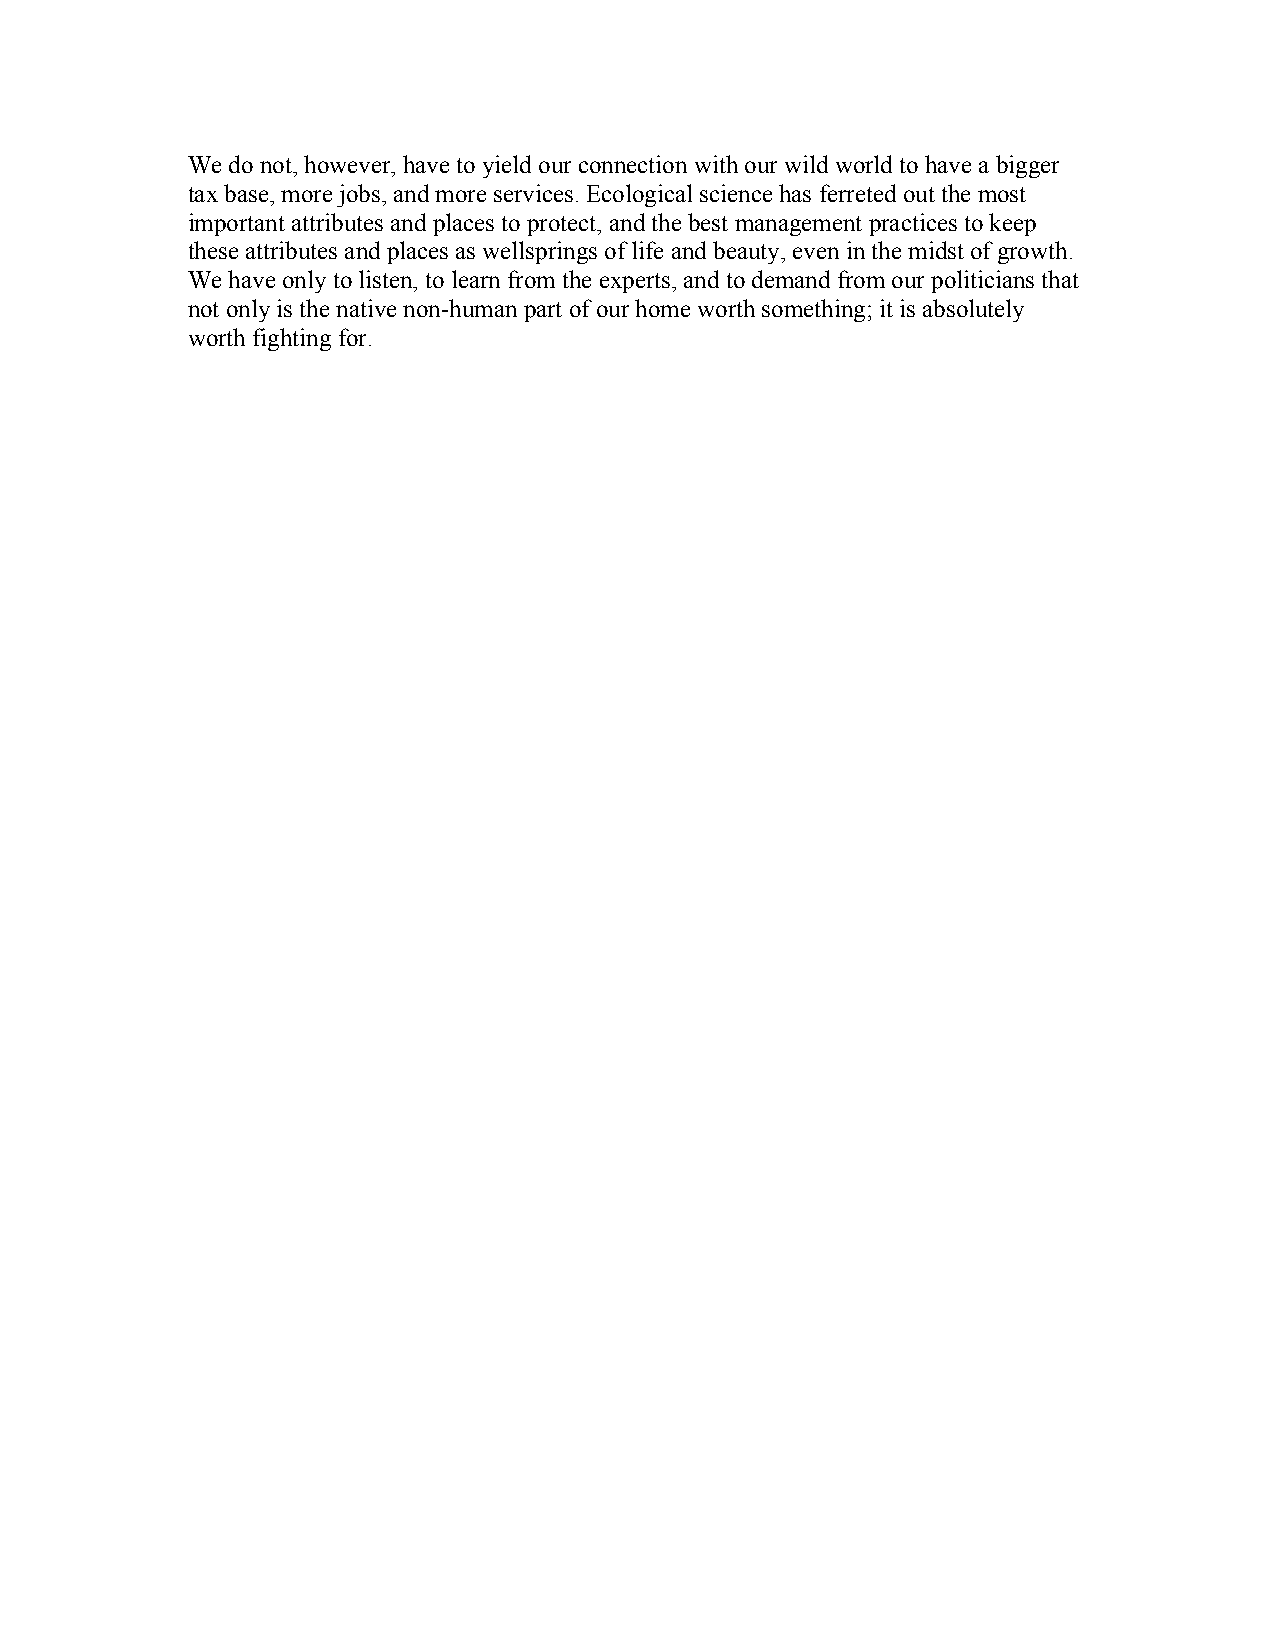
We do not, however, have to yield our connection with our wild world to have a bigger
 tax base, more jobs, and more services. Ecological science has ferreted out the most
 important attributes and places to protect, and the best management practices to keep
 these attributes and places as wellsprings of life and beauty, even in the midst of growth.
 We have only to listen, to learn from the experts, and to demand from our politicians that
 not only is the native non-human part of our home worth something; it is absolutely
 worth fighting for.